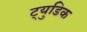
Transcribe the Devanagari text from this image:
ट्युडिक